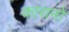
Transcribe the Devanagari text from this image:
कारानो